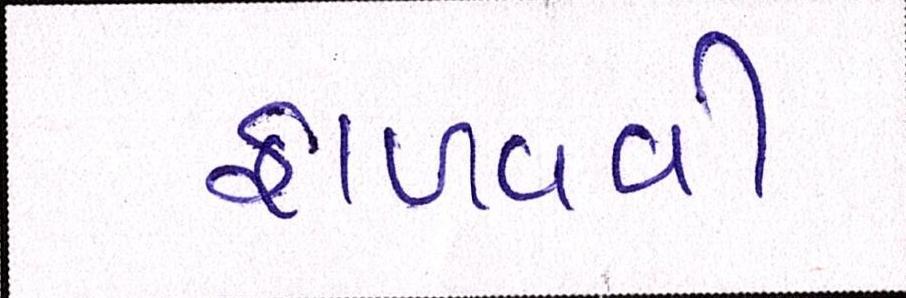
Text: ફાળવવી